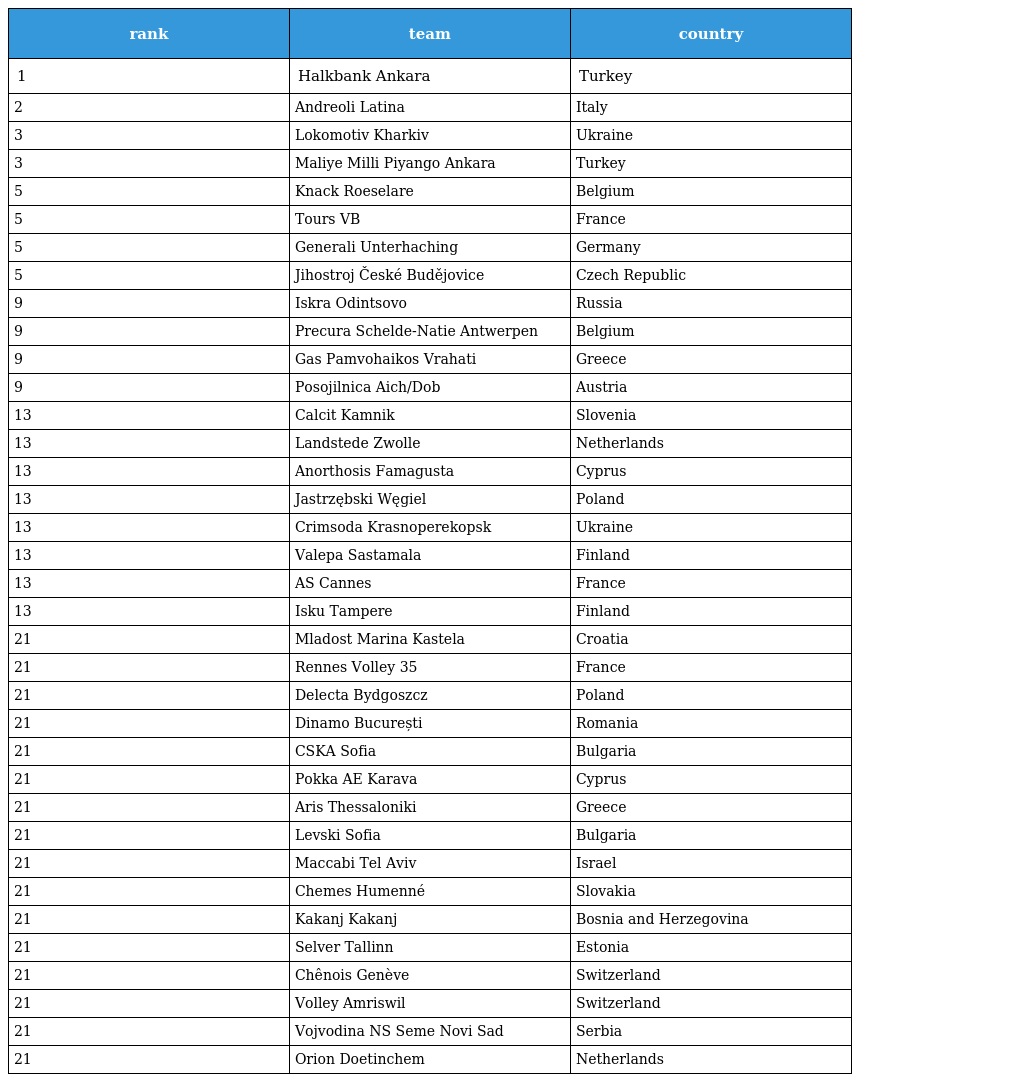
| rank | team | country |
 | --- | --- | --- |
 | 1 | Halkbank Ankara | Turkey |
 | 2 | Andreoli Latina | Italy |
 | 3 | Lokomotiv Kharkiv | Ukraine |
 | 3 | Maliye Milli Piyango Ankara | Turkey |
 | 5 | Knack Roeselare | Belgium |
 | 5 | Tours VB | France |
 | 5 | Generali Unterhaching | Germany |
 | 5 | Jihostroj České Budějovice | Czech Republic |
 | 9 | Iskra Odintsovo | Russia |
 | 9 | Precura Schelde-Natie Antwerpen | Belgium |
 | 9 | Gas Pamvohaikos Vrahati | Greece |
 | 9 | Posojilnica Aich/Dob | Austria |
 | 13 | Calcit Kamnik | Slovenia |
 | 13 | Landstede Zwolle | Netherlands |
 | 13 | Anorthosis Famagusta | Cyprus |
 | 13 | Jastrzębski Węgiel | Poland |
 | 13 | Crimsoda Krasnoperekopsk | Ukraine |
 | 13 | Valepa Sastamala | Finland |
 | 13 | AS Cannes | France |
 | 13 | Isku Tampere | Finland |
 | 21 | Mladost Marina Kastela | Croatia |
 | 21 | Rennes Volley 35 | France |
 | 21 | Delecta Bydgoszcz | Poland |
 | 21 | Dinamo București | Romania |
 | 21 | CSKA Sofia | Bulgaria |
 | 21 | Pokka AE Karava | Cyprus |
 | 21 | Aris Thessaloniki | Greece |
 | 21 | Levski Sofia | Bulgaria |
 | 21 | Maccabi Tel Aviv | Israel |
 | 21 | Chemes Humenné | Slovakia |
 | 21 | Kakanj Kakanj | Bosnia and Herzegovina |
 | 21 | Selver Tallinn | Estonia |
 | 21 | Chênois Genève | Switzerland |
 | 21 | Volley Amriswil | Switzerland |
 | 21 | Vojvodina NS Seme Novi Sad | Serbia |
 | 21 | Orion Doetinchem | Netherlands |